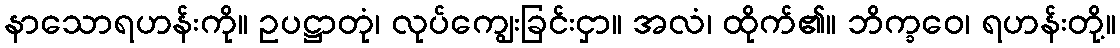
နာသောရဟန်းကို။ ဥပဋ္ဌာတုံ၊ လုပ်ကျွေးခြင်းငှာ။ အလံ၊ ထိုက်၏။ ဘိက္ခဝေ၊ ရဟန်းတို့။